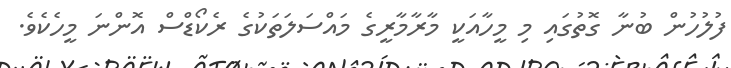
ފުލުހުން ބުނާ ގޮތުގައި މި މީހާއަކީ މާރާމާރީގެ މައްސަލަތަކުގެ ރެކޯޑްސް އޮންނަ މީހެކެވެ.